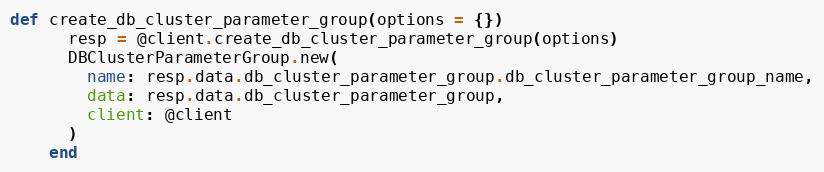
Language: Ruby
def create_db_cluster_parameter_group(options = {})
      resp = @client.create_db_cluster_parameter_group(options)
      DBClusterParameterGroup.new(
        name: resp.data.db_cluster_parameter_group.db_cluster_parameter_group_name,
        data: resp.data.db_cluster_parameter_group,
        client: @client
      )
    end